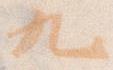
九